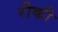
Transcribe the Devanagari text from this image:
रीकी